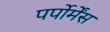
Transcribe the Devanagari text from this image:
पर्पोर्मेंस